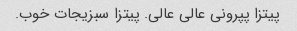
پیتزا پپرونی عالی عالی. پیتزا سبزیجات خوب.